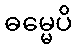
ဓမ္မေပိ